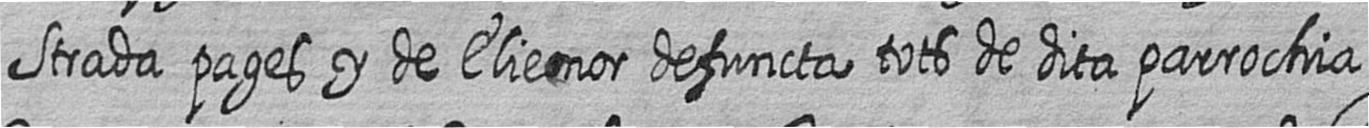
Strada pages y de Elienor defuncta tots de dita parrochia